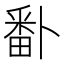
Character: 𭻣